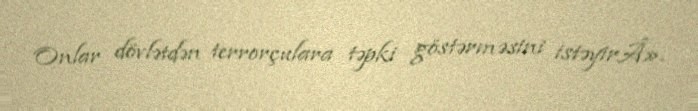
Onlar dövlətdən terrorçulara təpki göstərməsini istəyirÂ».